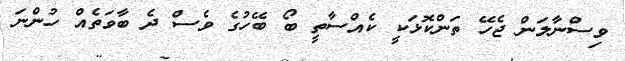
ވިސްނާލަން ޖެހޭ ތަންކޮޅަކީ ކެއްސާތީ ބޯ ބޭހުގެ ވެސް ދެ ބާވަތެއް ހުންނަ